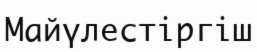
Майүлестіргіш